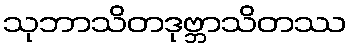
သုဘာသိတဒုဗ္ဘာသိတဿ